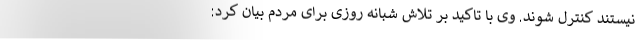
نیستند کنترل شوند. وی با تاکید بر تلاش شبانه روزی برای مردم بیان کرد: